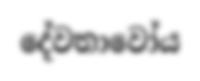
දේවතාවෝය